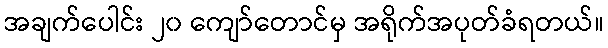
အချက်ပေါင်း ၂၀ ကျော်တောင်မှ အရိုက်အပုတ်ခံရတယ်။